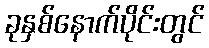
ခုနှစ်နောက်ပိုင်းတွင်